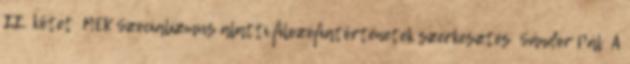
II. kötetː MEK Szocializmus alatti filozófiatörténetek szerkesztés Sándor Pálː A